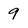
Character: 9